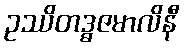
ဥဿိတဒ္ဓဇမာလိနီ